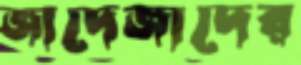
জাদেজাদের